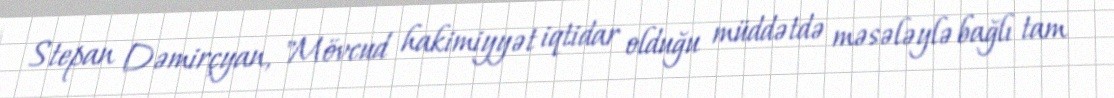
Stepan Dəmirçyan, "Mövcud hakimiyyət iqtidar olduğu müddətdə məsələylə bağlı tam